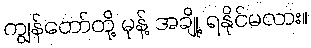
ကျွန်တော်တို့ မုန့် အချို့ ရနိုင်မလား။